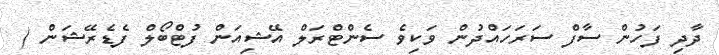
ދާދި ފަހުން ސާފް ސަރަހައްދުން ވަކިވެ ސެންޓްރަލް އޭޝިއަން ފުޓްބޯލް ފެޑެރޭޝަން (